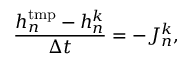
\frac { h _ { n } ^ { \mathrm { t m p } } - h _ { n } ^ { k } } { \Delta t } = - J _ { n } ^ { k } ,